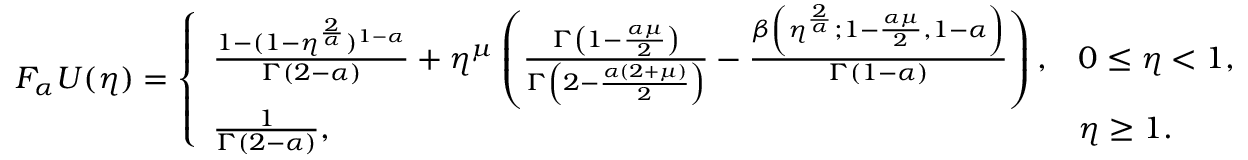
F _ { \alpha } U ( \eta ) = \left\{ \begin{array} { l l } { \frac { 1 - ( 1 - \eta ^ { \frac { 2 } { \alpha } } ) ^ { 1 - \alpha } } { \Gamma ( 2 - \alpha ) } + \eta ^ { \mu } \left( \frac { \Gamma \left( 1 - \frac { \alpha \mu } { 2 } \right) } { \Gamma \left( 2 - \frac { \alpha ( 2 + \mu ) } { 2 } \right) } - \frac { \beta \left( \eta ^ { \frac { 2 } { \alpha } } ; 1 - \frac { \alpha \mu } { 2 } , 1 - \alpha \right) } { \Gamma ( 1 - \alpha ) } \right) , } & { 0 \leq \eta < 1 , } \\ { \frac { 1 } { \Gamma ( 2 - \alpha ) } , } & { \eta \geq 1 . } \end{array} \right.